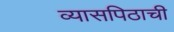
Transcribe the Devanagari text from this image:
व्यासपिठाची